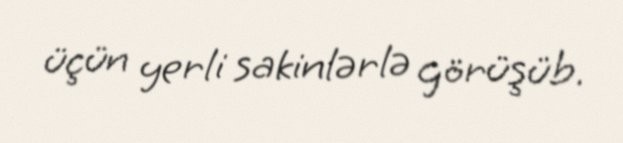
üçün yerli sakinlərlə görüşüb.